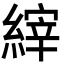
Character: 縡